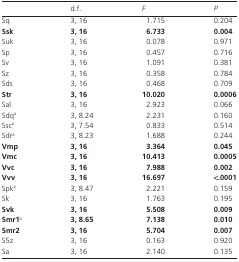
<table><thead><tr><td></td><td><b>d.f.</b></td><td><b><i>F</i></b></td><td><b><i>P</i></b></td></tr></thead><tbody><tr><td>Sq</td><td>3, 16</td><td>1.715</td><td>0.204</td></tr><tr><td><b>Ssk</b></td><td><b>3, 16</b></td><td><b>6.733</b></td><td><b>0.004</b></td></tr><tr><td>Suk</td><td>3, 16</td><td>0.078</td><td>0.971</td></tr><tr><td>Sp</td><td>3, 16</td><td>0.457</td><td>0.716</td></tr><tr><td>Sv</td><td>3, 16</td><td>1.091</td><td>0.381</td></tr><tr><td>Sz</td><td>3, 16</td><td>0.358</td><td>0.784</td></tr><tr><td>Sds</td><td>3, 16</td><td>0.468</td><td>0.709</td></tr><tr><td><b>Str</b></td><td><b>3, 16</b></td><td><b>10.020</b></td><td><b>0.0006</b></td></tr><tr><td>Sal</td><td>3, 16</td><td>2.923</td><td>0.066</td></tr><tr><td>Sdq<sup>a</sup></td><td>3, 8.24</td><td>2.231</td><td>0.160</td></tr><tr><td>Ssc<sup>a</sup></td><td>3, 7.54</td><td>0.833</td><td>0.514</td></tr><tr><td>Sdr<sup>a</sup></td><td>3, 8.23</td><td>1.688</td><td>0.244</td></tr><tr><td><b>Vmp</b></td><td><b>3, 16</b></td><td><b>3.364</b></td><td><b>0.045</b></td></tr><tr><td><b>Vmc</b></td><td><b>3, 16</b></td><td><b>10.413</b></td><td><b>0.0005</b></td></tr><tr><td><b>Vvc</b></td><td><b>3, 16</b></td><td><b>7.988</b></td><td><b>0.002</b></td></tr><tr><td><b>Vvv</b></td><td><b>3, 16</b></td><td><b>16.697</b></td><td><b>&lt;.0001</b></td></tr><tr><td>Spk<sup>a</sup></td><td>3, 8.47</td><td>2.221</td><td>0.159</td></tr><tr><td>Sk</td><td>3, 16</td><td>1.763</td><td>0.195</td></tr><tr><td><b>Svk</b></td><td><b>3, 16</b></td><td><b>5.508</b></td><td><b>0.009</b></td></tr><tr><td><b>Smr1</b><sup>a</sup></td><td><b>3, 8.65</b></td><td><b>7.138</b></td><td><b>0.010</b></td></tr><tr><td><b>Smr2</b></td><td><b>3, 16</b></td><td><b>5.704</b></td><td><b>0.007</b></td></tr><tr><td>S5z</td><td>3, 16</td><td>0.163</td><td>0.920</td></tr><tr><td>Sa</td><td>3, 16</td><td>2.140</td><td>0.135</td></tr></tbody></table>